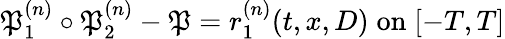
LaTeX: \mathfrak{P}_{1}^{(n)}\circ\mathfrak{P}_{2}^{(n)}-\mathfrak{P}=r_{1}^{(n)}(t,x,D)\; \mathrm{{on}}\; [-T,T]